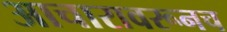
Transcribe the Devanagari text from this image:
आचारावरूनच